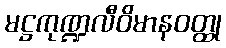
မဋ္ဌကုဏ္ဍလီဝိမာနဝတ္ထု